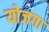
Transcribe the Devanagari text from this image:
योजगा